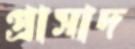
প্রাসাদ